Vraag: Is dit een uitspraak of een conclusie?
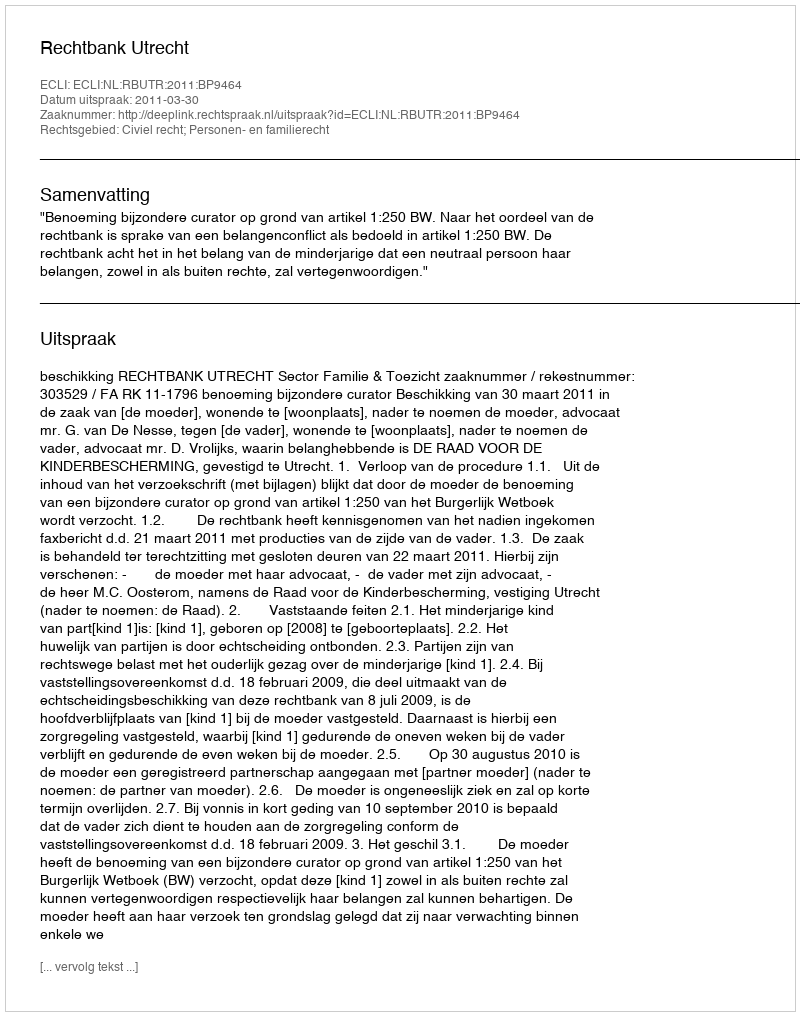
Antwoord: Uitspraak